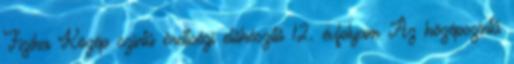
Fizika Közép szintű érettségi előkészítő 12. évfolyam Az középszintű